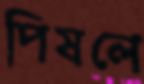
পিষলে